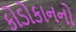
કોડોકાનનો